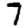
Digit: 7